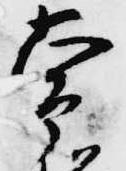
常